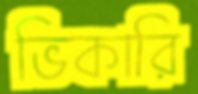
ভিকারি